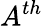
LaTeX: A^{th}